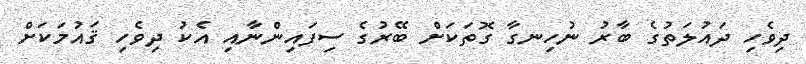
ދިވެހި ދައުލަތުގެ ބާރު ނުހިނގާ ގޮތަކަށް ބޭރުގެ ސިފައިންނާއި އެކު ދިވެހި ޤައުމަކަށް